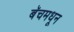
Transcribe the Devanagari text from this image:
बॅचमधून